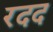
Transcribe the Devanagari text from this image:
रदद